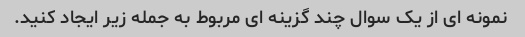
نمونه ای از یک سوال چند گزینه ای مربوط به جمله زیر ایجاد کنید.